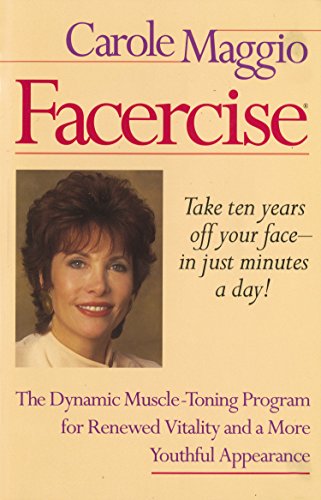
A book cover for Facercise; Carole Maggio; Health, Fitness & Dieting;